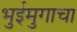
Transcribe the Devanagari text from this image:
भुईमुगाचा